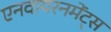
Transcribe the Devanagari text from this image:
एनवायरनमेंट्स